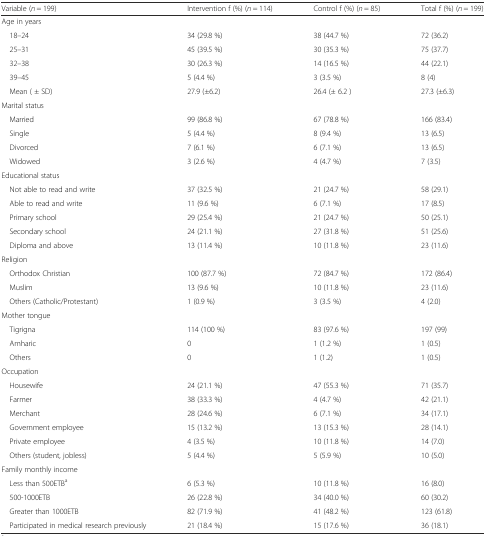
<table><thead><tr><td><b>Variable (<i>n</i> = 199)</b></td><td><b>Intervention f (%) (<i>n</i> = 114)</b></td><td><b>Control f (%) (<i>n</i> = 85)</b></td><td><b>Total f (%) (<i>n</i> = 199)</b></td></tr></thead><tbody><tr><td colspan="4">Age in years</td></tr><tr><td> 18–24</td><td>34 (29.8 %)</td><td>38 (44.7 %)</td><td>72 (36.2)</td></tr><tr><td> 25–31</td><td>45 (39.5 %)</td><td>30 (35.3 %)</td><td>75 (37.7)</td></tr><tr><td> 32–38</td><td>30 (26.3 %)</td><td>14 (16.5 %)</td><td>44 (22.1)</td></tr><tr><td> 39–45</td><td>5 (4.4 %)</td><td>3 (3.5 %)</td><td>8 (4)</td></tr><tr><td> Mean ( ± SD)</td><td>27.9 (±6.2)</td><td>26.4 (± 6.2 )</td><td>27.3 (±6.3)</td></tr><tr><td colspan="4">Marital status</td></tr><tr><td> Married</td><td>99 (86.8 %)</td><td>67 (78.8 %)</td><td>166 (83.4)</td></tr><tr><td> Single</td><td>5 (4.4 %)</td><td>8 (9.4 %)</td><td>13 (6.5)</td></tr><tr><td> Divorced</td><td>7 (6.1 %)</td><td>6 (7.1 %)</td><td>13 (6.5)</td></tr><tr><td> Widowed</td><td>3 (2.6 %)</td><td>4 (4.7 %)</td><td>7 (3.5)</td></tr><tr><td colspan="4">Educational status</td></tr><tr><td> Not able to read and write</td><td>37 (32.5 %)</td><td>21 (24.7 %)</td><td>58 (29.1)</td></tr><tr><td> Able to read and write</td><td>11 (9.6 %)</td><td>6 (7.1 %)</td><td>17 (8.5)</td></tr><tr><td> Primary school</td><td>29 (25.4 %)</td><td>21 (24.7 %)</td><td>50 (25.1)</td></tr><tr><td> Secondary school</td><td>24 (21.1 %)</td><td>27 (31.8 %)</td><td>51 (25.6)</td></tr><tr><td> Diploma and above</td><td>13 (11.4 %)</td><td>10 (11.8 %)</td><td>23 (11.6)</td></tr><tr><td colspan="4">Religion</td></tr><tr><td> Orthodox Christian</td><td>100 (87.7 %)</td><td>72 (84.7 %)</td><td>172 (86.4)</td></tr><tr><td> Muslim</td><td>13 (9.6 %)</td><td>10 (11.8 %)</td><td>23 (11.6)</td></tr><tr><td> Others (Catholic/Protestant)</td><td>1 (0.9 %)</td><td>3 (3.5 %)</td><td>4 (2.0)</td></tr><tr><td colspan="4">Mother tongue</td></tr><tr><td> Tigrigna</td><td>114 (100 %)</td><td>83 (97.6 %)</td><td>197 (99)</td></tr><tr><td> Amharic</td><td>0</td><td>1 (1.2 %)</td><td>1 (0.5)</td></tr><tr><td> Others</td><td>0</td><td>1 (1.2)</td><td>1 (0.5)</td></tr><tr><td colspan="4">Occupation</td></tr><tr><td> Housewife</td><td>24 (21.1 %)</td><td>47 (55.3 %)</td><td>71 (35.7)</td></tr><tr><td> Farmer</td><td>38 (33.3 %)</td><td>4 (4.7 %)</td><td>42 (21.1)</td></tr><tr><td> Merchant</td><td>28 (24.6 %)</td><td>6 (7.1 %)</td><td>34 (17.1)</td></tr><tr><td> Government employee</td><td>15 (13.2 %)</td><td>13 (15.3 %)</td><td>28 (14.1)</td></tr><tr><td> Private employee</td><td>4 (3.5 %)</td><td>10 (11.8 %)</td><td>14 (7.0)</td></tr><tr><td> Others (student, jobless)</td><td>5 (4.4 %)</td><td>5 (5.9 %)</td><td>10 (5.0)</td></tr><tr><td colspan="4">Family monthly income</td></tr><tr><td> Less than 500ETB<sup>a</sup></td><td>6 (5.3 %)</td><td>10 (11.8 %)</td><td>16 (8.0)</td></tr><tr><td> 500-1000ETB</td><td>26 (22.8 %)</td><td>34 (40.0 %)</td><td>60 (30.2)</td></tr><tr><td> Greater than 1000ETB</td><td>82 (71.9 %)</td><td>41 (48.2 %)</td><td>123 (61.8)</td></tr><tr><td> Participated in medical research previously</td><td>21 (18.4 %)</td><td>15 (17.6 %)</td><td>36 (18.1)</td></tr></tbody></table>